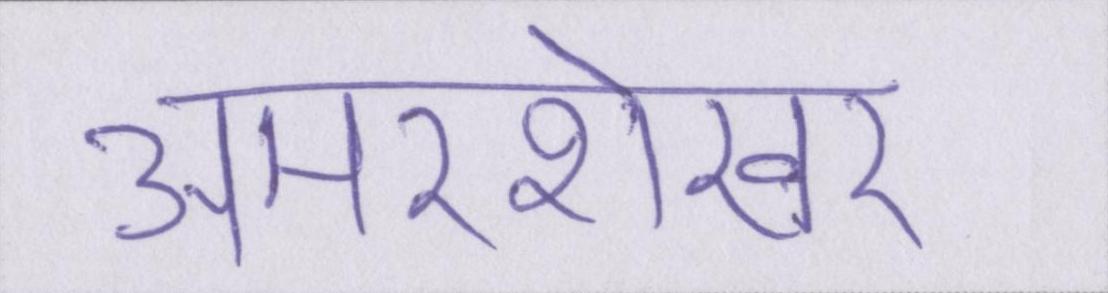
अमरशेखर